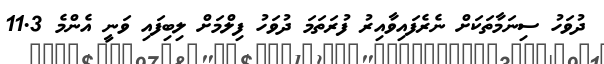
ދުވަހު ސިނަމާތަކަށް ނެރެފައިވާއިރު ފުރަތަމަ ދުވަހު ފިލްމަށް ލިބިފައި ވަނީ އެންމެ 11.3